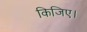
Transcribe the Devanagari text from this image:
किजिए।